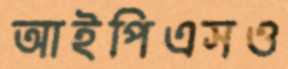
আইপিএসও